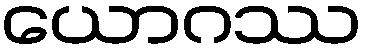
ယောဂဿ